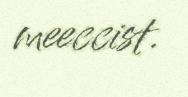
meeccist.